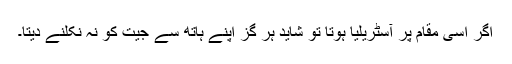
اگر اسی مقام پر آسٹریلیا ہوتا تو شاید ہر گز اپنے ہاتھ سے جیت کو نہ نکلنے دیتا۔